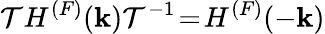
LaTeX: {\cal T}H^{(F)}({\mathbf k}){\cal T}^{-1}\! =\! H^{(F)}(-{\mathbf k})